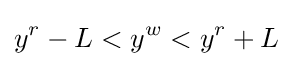
y^{r}-L<y^{w}<y^{r}+L